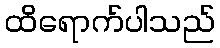
ထိရောက်ပါသည်